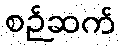
စဉ်ဆက်